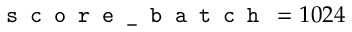
\texttt { s c o r e \_ b a t c h } = 1 0 2 4